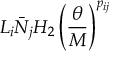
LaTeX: L _ { i } \bar { N } _ { j } H _ { 2 } \left( \frac { \theta } { M } \right) ^ { p _ { i j } }